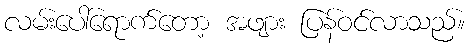
လမ်းပေါ်ရောက်တော့ အဖျား ပြန်ဝင်လာသည်။